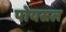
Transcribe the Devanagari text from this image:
पोयसल